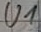
Text: U1